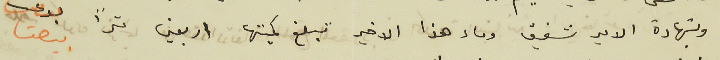
وبشهادة الامير شفيق وماء هذا الاخير تبلغ كميتها اربعين مترًا بيعت